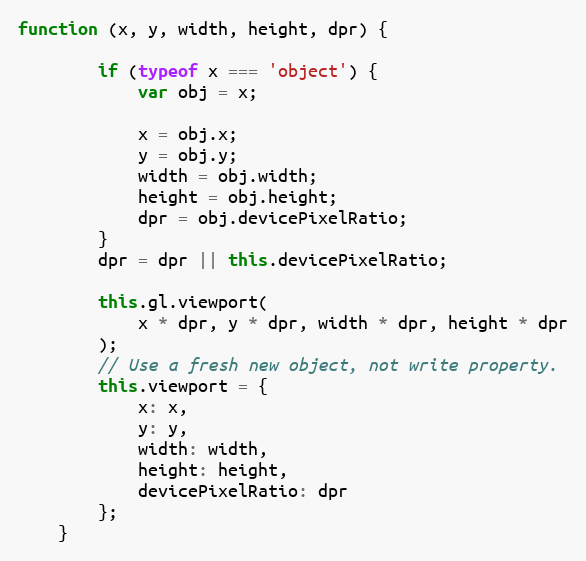
Language: JavaScript
function (x, y, width, height, dpr) {

        if (typeof x === 'object') {
            var obj = x;

            x = obj.x;
            y = obj.y;
            width = obj.width;
            height = obj.height;
            dpr = obj.devicePixelRatio;
        }
        dpr = dpr || this.devicePixelRatio;

        this.gl.viewport(
            x * dpr, y * dpr, width * dpr, height * dpr
        );
        // Use a fresh new object, not write property.
        this.viewport = {
            x: x,
            y: y,
            width: width,
            height: height,
            devicePixelRatio: dpr
        };
    }